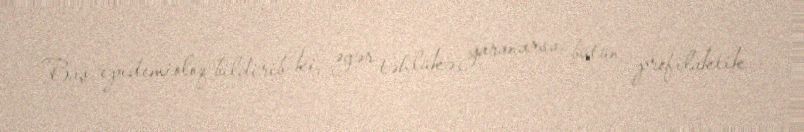
Baş epidemioloq bildirib ki, əgər təhlükə yaranarsa, bütün profilaktik